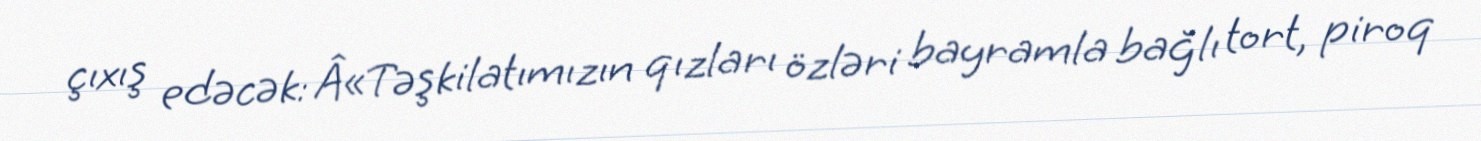
çıxış edəcək: Â«Təşkilatımızın qızları özləri bayramla bağlı tort, piroq